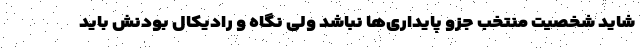
شاید شخصیت منتخب جزو پایداری‌ها نباشد ولی نگاه و رادیکال بودنش باید